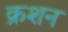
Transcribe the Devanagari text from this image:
क्रशन